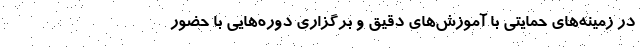
در زمینه‌های حمایتی با آموزش‌های دقیق و برگزاری دوره‌هایی با حضور